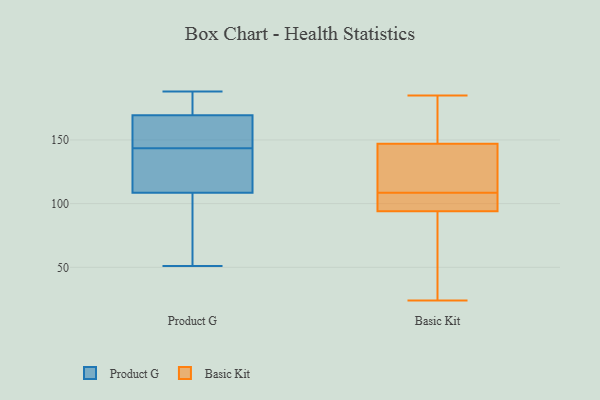
{"axis": {"x": "Production Output", "y": "Value"}, "legend": ["Basic Kit", "Product G"], "data": [{"x": "", "y": 113, "type": "Product G"}, {"x": "", "y": 152, "type": "Product G"}, {"x": "", "y": 51, "type": "Product G"}, {"x": "", "y": 169, "type": "Product G"}, {"x": "", "y": 73, "type": "Product G"}, {"x": "", "y": 171, "type": "Product G"}, {"x": "", "y": 154, "type": "Product G"}, {"x": "", "y": 135, "type": "Product G"}, {"x": "", "y": 118, "type": "Product G"}, {"x": "", "y": 186, "type": "Product G"}, {"x": "", "y": 162, "type": "Product G"}, {"x": "", "y": 188, "type": "Product G"}, {"x": "", "y": 170, "type": "Product G"}, {"x": "", "y": 104, "type": "Product G"}, {"x": "", "y": 130, "type": "Product G"}, {"x": "", "y": 99, "type": "Product G"}, {"x": "", "y": 110, "type": "Basic Kit"}, {"x": "", "y": 40, "type": "Basic Kit"}, {"x": "", "y": 24, "type": "Basic Kit"}, {"x": "", "y": 185, "type": "Basic Kit"}, {"x": "", "y": 94, "type": "Basic Kit"}, {"x": "", "y": 182, "type": "Basic Kit"}, {"x": "", "y": 147, "type": "Basic Kit"}, {"x": "", "y": 107, "type": "Basic Kit"}, {"x": "", "y": 141, "type": "Basic Kit"}, {"x": "", "y": 94, "type": "Basic Kit"}]}